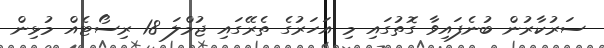
ސަރުކާރުން ބުނެފައިވާ ގޮތުގައި މި އަހަރުގެ ތެރޭގައި ޖުމްލަ 18 ރިސޯޓެއް މުޅިން